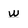
Character: w